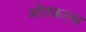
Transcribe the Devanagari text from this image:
ओराकल्स